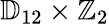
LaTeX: \mathbb{D}_{12}\times\mathbb{Z}_{2}